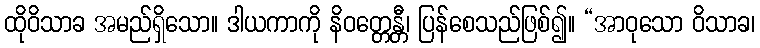
ထိုဝိသာခ အမည်ရှိသော။ ဒါယကာကို နိဝတ္တေန္တီ၊ ပြန်စေသည်ဖြစ်၍။ “အာဝုသော ဝိသာခ၊